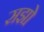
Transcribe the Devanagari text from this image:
सझो